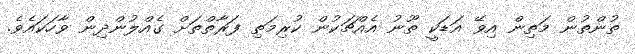
ތުންތުން މަތިން އިވޭ އަޑަކީ ތޫނު އެއްޗަކުން ކުރިމަތި ފަރާތްތަށް ގެއްލުންދިން ވާހަކައެވެ.